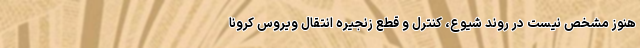
هنوز مشخص نیست در روند شیوع، کنترل و قطع زنجیره انتقال ویروس کرونا